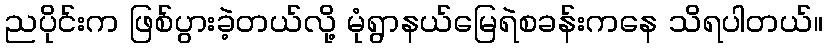
ညပိုင်းက ဖြစ်ပွားခဲ့တယ်လို့ မုံရွာနယ်မြေရဲစခန်းကနေ သိရပါတယ်။